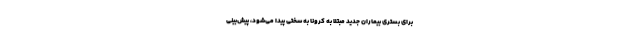
برای بستری بیماران جدید مبتلا به کرونا به سختی پیدا می‌شود، پیش‌بینی